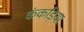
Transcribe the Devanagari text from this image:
कंकड़िया